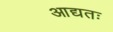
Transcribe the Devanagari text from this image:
आद्यतः